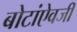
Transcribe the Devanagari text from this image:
बोटांऐवजी